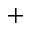
+